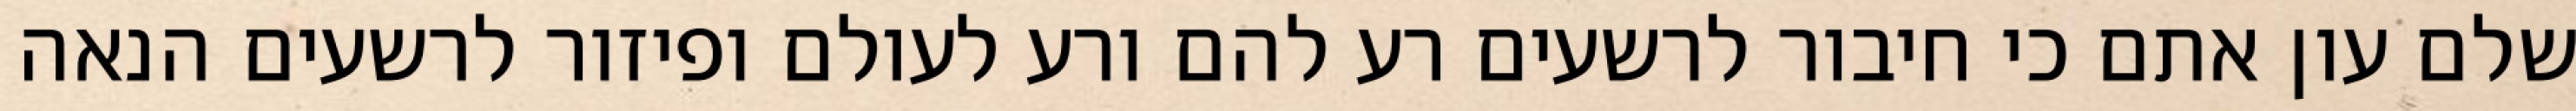
שלם עון אתם כי חיבור לרשעים רע להם ורע לעולם ופיזור לרשעים הנאה